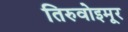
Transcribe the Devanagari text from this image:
तिरुवोइमूर